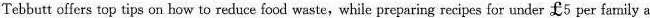
Tebbutt offers top tips on how to reduce food waste,while preparing recipes for under f5 per family a